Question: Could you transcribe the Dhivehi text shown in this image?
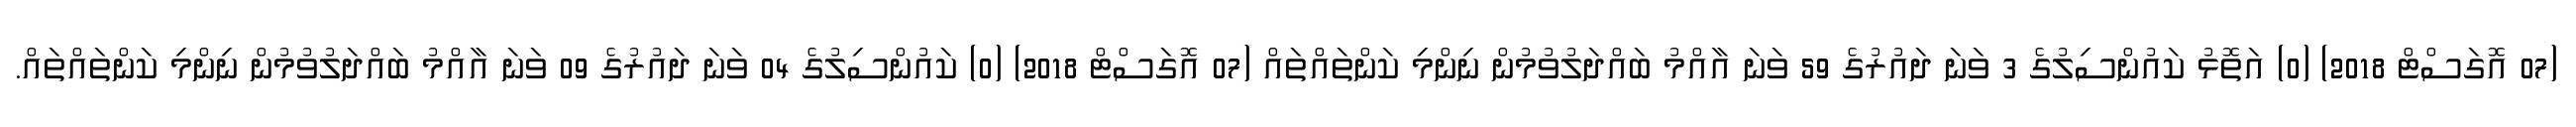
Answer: (07 އޮގަސްޓް 2018) (0) އަތޮޅު ކައުންސިލުގެ 3 ވަނަ ދައުރުގެ 59 ވަނަ އާއްމު ބައްދަލުވުމުން ނިންމި ކަންތައްތައް (07 އޮގަސްޓް 2018) (0) ކައުންސިލުގެ 04 ވަނަ ދައުރުގެ 09 ވަނަ އާއްމު ބައްދަލުވުމުން ނިންމި ކަންތައްތައް.